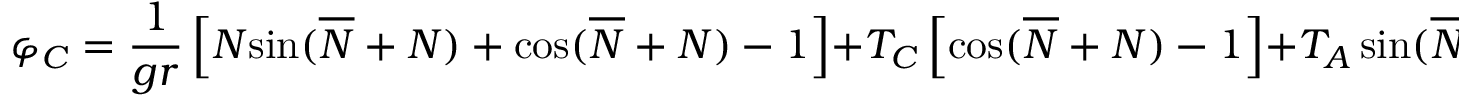
\varphi _ { C } = \frac { 1 } { g r } \left[ { \cal { N } } { \sin } ( \overline { { { \cal { N } } } } + { \cal { N } } ) + { \cos } ( \overline { { { \cal { N } } } } + { \cal { N } } ) - 1 \right] + { \cal T } _ { C } \left[ { \cos } ( \overline { { { \cal { N } } } } + { \cal { N } } ) - 1 \right] + { \cal T } _ { A } \, { \sin } ( \overline { { { \cal { N } } } } + { \cal { N } } ) \, .